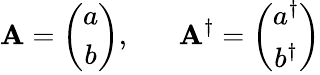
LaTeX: \mathbf{A}=\left(\begin{array}{c}{{a}}\\ {{b}}\end{array}\right),\; \; \; \; \; \; \mathbf{A}^{\dagger}=\left(\begin{array}{c}{{a^{\dagger}}}\\ {{b^{\dagger}}}\end{array}\right)